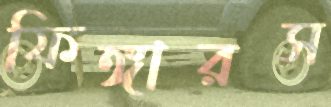
ফিঙ্গারস